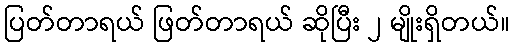
ပြတ်တာရယ် ဖြတ်တာရယ် ဆိုပြီး ၂ မျိုးရှိတယ်။